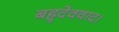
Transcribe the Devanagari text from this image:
बहुदेववाद।